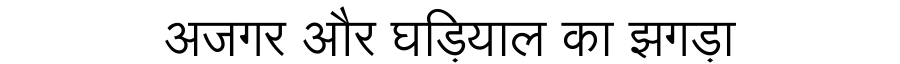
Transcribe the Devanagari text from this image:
अजगर और घड़ियाल का झगड़ा